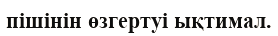
пішінін өзгертуі ықтимал.